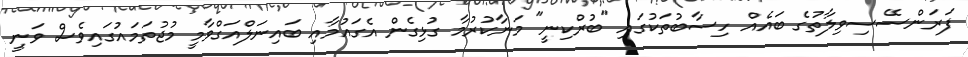
ފަރަންސޭސިވިލާތުގެ ބައެއް ހިސާބުތަކުގައި "ބުރްކިނީ" މަނާކުރުމާ ގުޅިގެން އެގައުމާއި ބައިނަލްއަގްވާމީ މުޖުތަމައުގައިވެސް ވަނީ